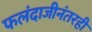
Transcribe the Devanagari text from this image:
फलंदाजीनंतरही